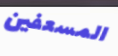
المسعفين